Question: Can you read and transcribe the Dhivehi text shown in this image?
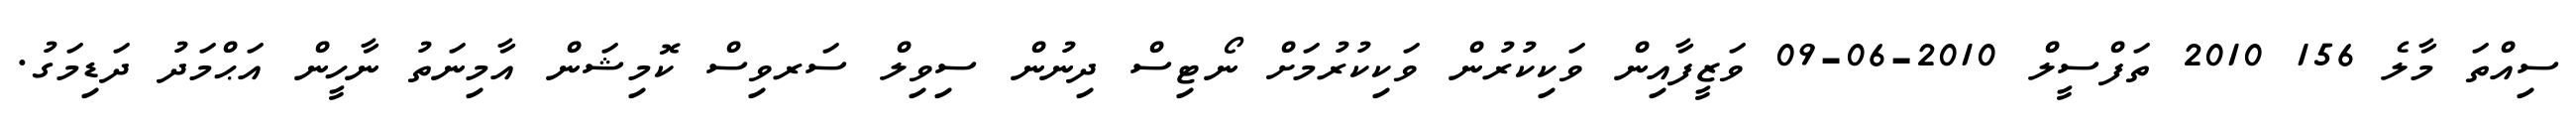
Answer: ސިއްތަ މާލެ 156 2010 ތަފްސީލް 2010-06-09 ވަޒީފާއިން ވަކިކުރުން ވަކިކުރުމަށް ނޯޓިސް ދިނުން ސިވިލް ސަރވިސް ކޮމިޝަން އާމިނަތު ނާހީން އަޙްމަދު ދަޑިމަގު.